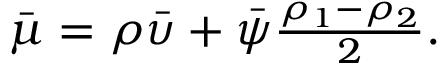
\begin{array} { r } { \bar { \mu } = \rho \bar { \upsilon } + \bar { \psi } \frac { \rho _ { 1 } - \rho _ { 2 } } { 2 } . } \end{array}